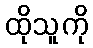
ထိုသူကို